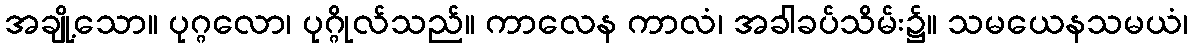
အချို့သော။ ပုဂ္ဂလော၊ ပုဂ္ဂိုလ်သည်။ ကာလေန ကာလံ၊ အခါခပ်သိမ်း၌။ သမယေနသမယံ၊